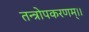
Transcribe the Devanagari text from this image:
तन्त्रोपकरणम्।।